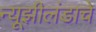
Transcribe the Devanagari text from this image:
न्यूझीलंडाचे